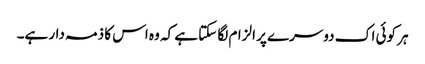
ہر کوئی اک دوسرے پر الزام لگا سکتا ہے کہ وہ اس کا ذمہ دار ہے۔